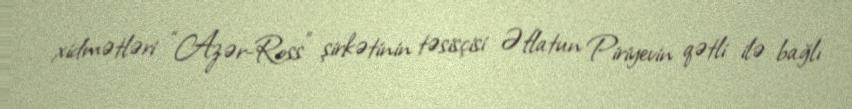
xidmətləri “Azər-Ross” şirkətinin təsisçisi Əflatun Piriyevin qətli ilə bağlı